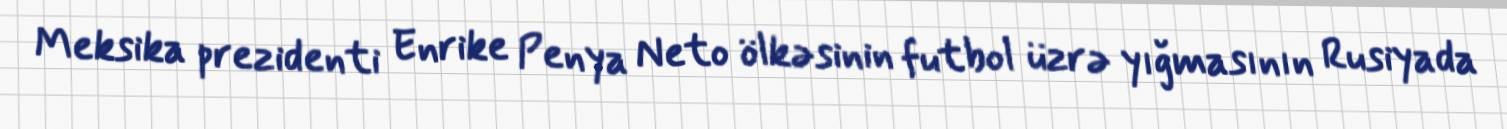
Meksika prezidenti Enrike Penya Neto ölkəsinin futbol üzrə yığmasının Rusiyada